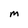
Character: m